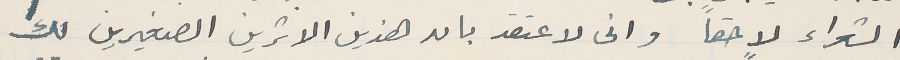
الشعراء لاحقاً وانى لاعتقد بان هذين الاثرين الصغيرين لك